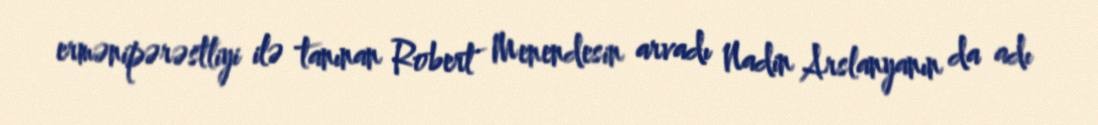
ermənipərəstliyi ilə tanınan Robert Menendesin arvadı Nadin Arslanyanın da adı